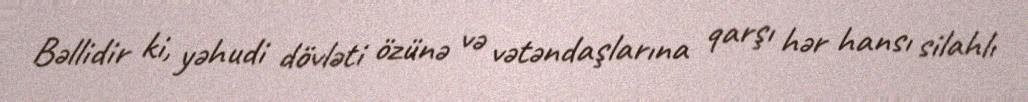
Bəllidir ki, yəhudi dövləti özünə və vətəndaşlarına qarşı hər hansı silahlı